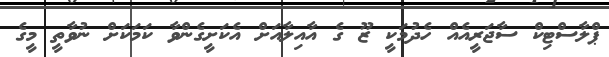
ޕްލާސްޓިކް ސާޖަރީއެއް ހެދުމަކީ ޒޫ ގެ އާއިލާއަށް އެކަށީގެންވާ ކަމަކަށް ނުވާތީ މީގެ